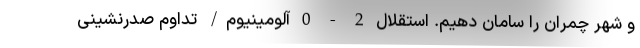
و شهر چمران را سامان دهیم. استقلال 2 - 0 آلومینیوم/ تداوم صدرنشینی